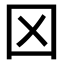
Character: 龱